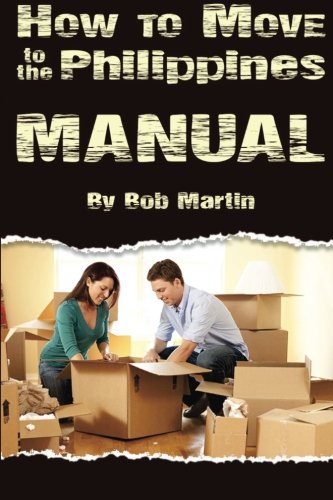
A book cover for How to Move to the Philippines Manual; Bob Martin; Travel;